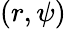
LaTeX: (r,\psi)